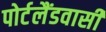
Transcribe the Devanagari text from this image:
पोर्टलैंडवासी